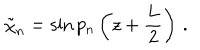
LaTeX: \tilde { \chi } _ { n } = \sin p _ { n } \left( z + \frac { L } { 2 } \right) \, .